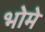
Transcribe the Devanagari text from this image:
भोमे